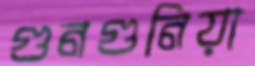
গুনগুনিয়া